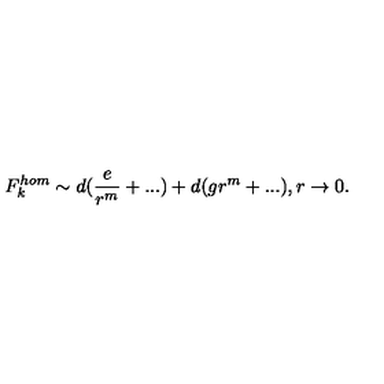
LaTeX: F _ { k } ^ { h o m } \sim d ( \frac { e } { r ^ { m } } + . . . ) + d ( g r ^ { m } + . . . ) , r \rightarrow 0 .